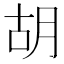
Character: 胡